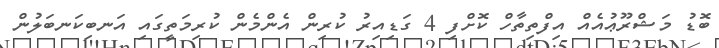
ބޮޑު މަޝްރޫޢުއެއް އިފްތިތާހް ކޮށްފި 4 ގަޑިއިރު ކުރިން އެންމެން ކުރިމަތީގައި އަނބިކަނބަލުން